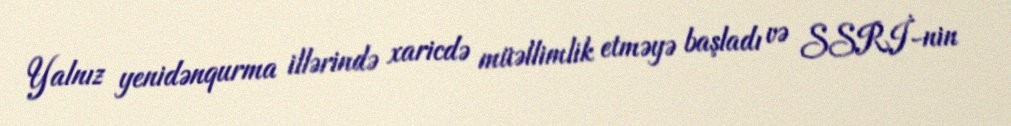
Yalnız yenidənqurma illərində xaricdə müəllimlik etməyə başladı və SSRİ-nin